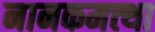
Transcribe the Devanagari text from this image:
नानकमत्त्था